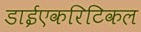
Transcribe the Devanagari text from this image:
डाईएकरिटिकल